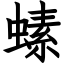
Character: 螦